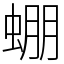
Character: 𧌇